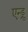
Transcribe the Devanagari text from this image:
एन्ड्रु